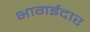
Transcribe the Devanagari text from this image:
भागईदार